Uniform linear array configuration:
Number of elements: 12
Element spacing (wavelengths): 1
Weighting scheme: binomial
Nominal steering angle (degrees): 60
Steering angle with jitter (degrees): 61.897
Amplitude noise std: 0.05
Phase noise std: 0.05

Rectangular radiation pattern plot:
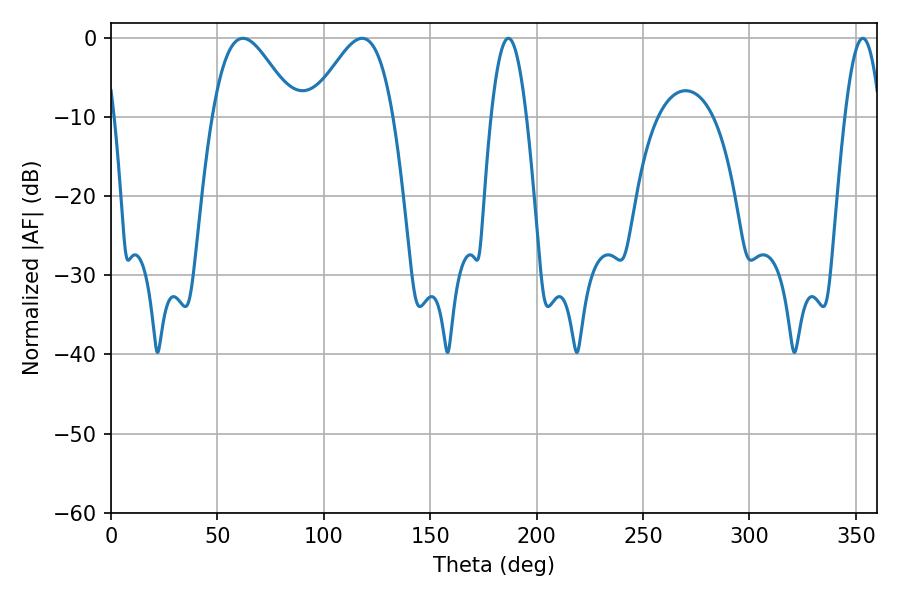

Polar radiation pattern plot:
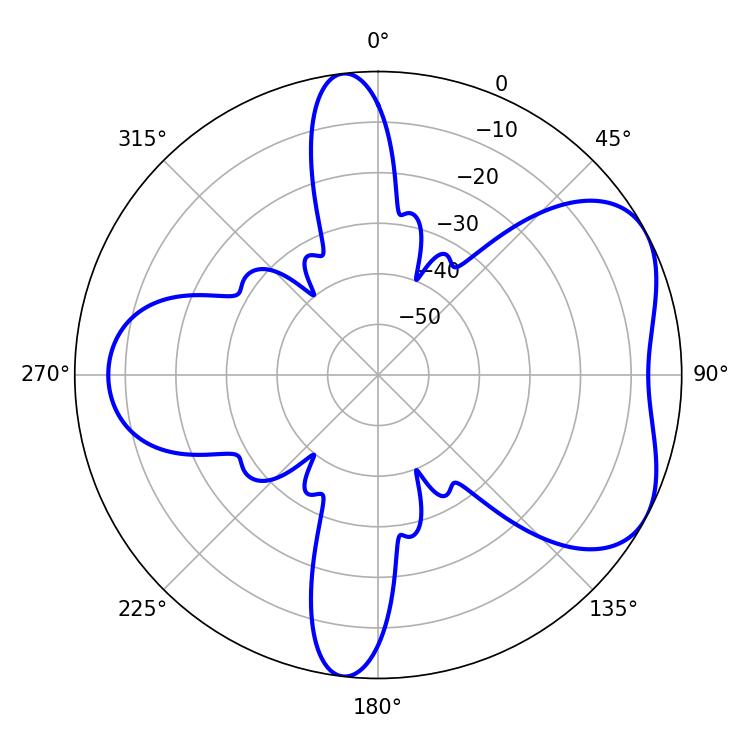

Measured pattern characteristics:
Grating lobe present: TRUE
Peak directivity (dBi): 5.253
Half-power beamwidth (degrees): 20.7
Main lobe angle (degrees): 61.92